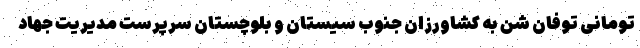
تومانی توفان شن به کشاورزان جنوب سیستان و بلوچستان سرپرست مدیریت جهاد